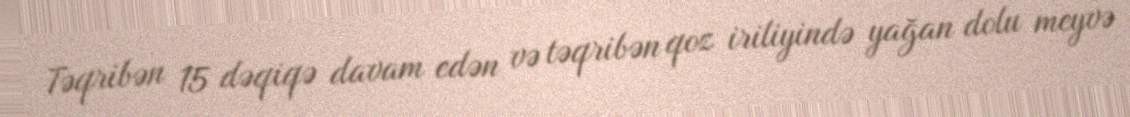
Təqribən 15 dəqiqə davam edən və təqribən qoz iriliyində yağan dolu meyvə